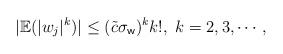
LaTeX: \begin{align*}|\mathbb{E}(|w_j|^k)| \leq ({\tilde{c} \sigma_{\sf w}})^k k!, \ k=2, 3, \cdots,\end{align*}